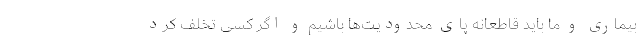
بیماری و ما باید قاطعانه پای محدودیت‌ها باشیم و اگر کسی تخلف کرد